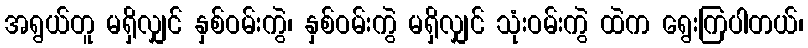
အရွယ်တူ မရှိလျှင် နှစ်ဝမ်းကွဲ၊ နှစ်ဝမ်းကွဲ မရှိလျှင် သုံးဝမ်းကွဲ ထဲက ရွေးကြပါတယ်၊